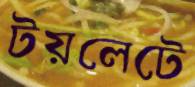
টয়লেটে